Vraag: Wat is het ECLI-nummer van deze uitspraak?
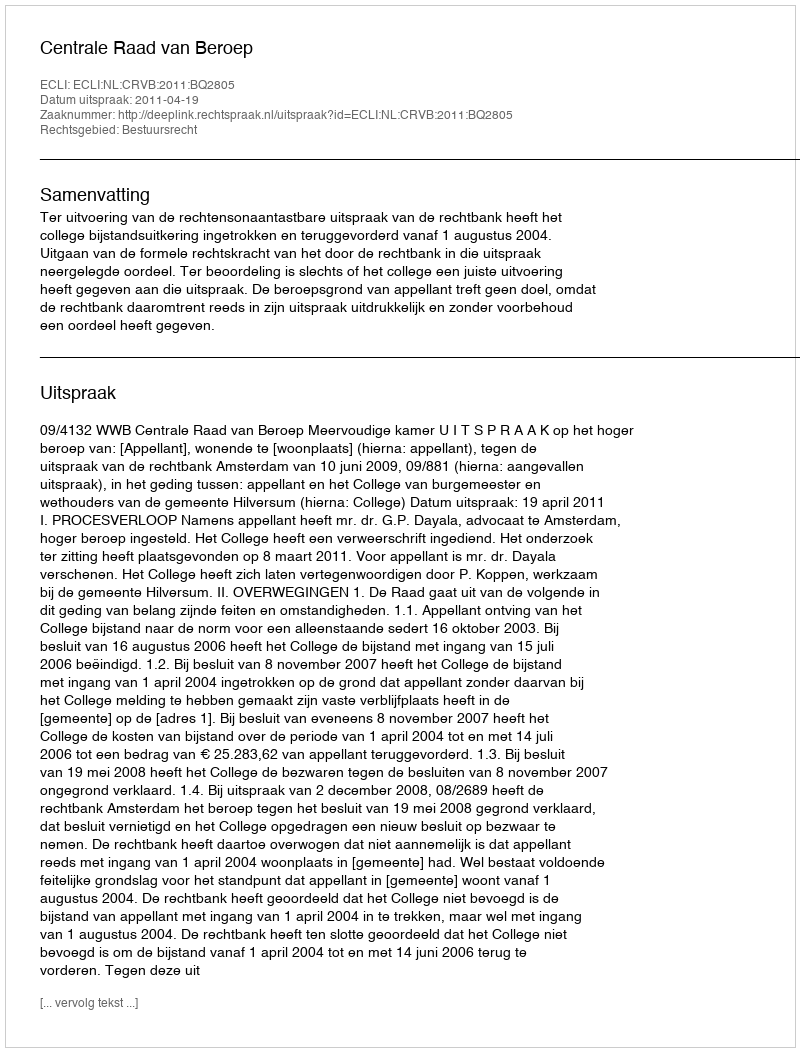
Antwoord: ECLI:NL:CRVB:2011:BQ2805